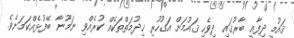
ޤައުމީ ދިފާޢީ ބާރުގައި ދިވެހި ޤައުމަށް އަގުހުރި ޚިދުމަތްތަކެއް ކުރެއްވި ނަމޫނާ ބޭފުޅެއްކަމަށެވެ.